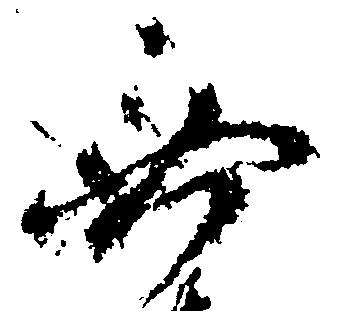
無